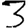
Digit: 3